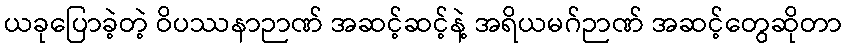
ယခုပြောခဲ့တဲ့ ဝိပဿနာဉာဏ် အဆင့်ဆင့်နဲ့ အရိယမဂ်ဉာဏ် အဆင့်တွေဆိုတာ